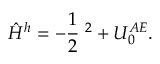
\hat { H } ^ { h } = - \frac { 1 } { 2 } { \bf \nabla } ^ { 2 } + U _ { 0 } ^ { A E } .